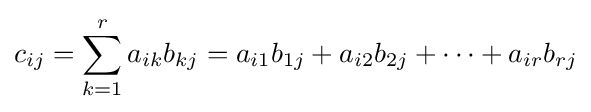
c_{ij}=\sum _{k=1}^{r}a_{ik}b_{kj}=a_{i1}b_{1j}+a_{i2}b_{2j}+\cdots +a_{ir}b_{rj}